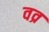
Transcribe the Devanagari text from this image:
वव्र